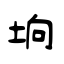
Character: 垧